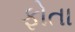
ફોતા